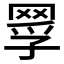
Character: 𦋄